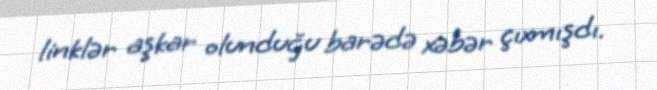
linklər aşkar olunduğu barədə xəbər çıxmışdı.